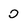
Character: 0